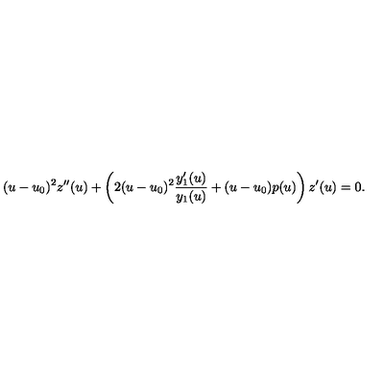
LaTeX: ( u - u _ { 0 } ) ^ { 2 } z ^ { \prime \prime } ( u ) + \left( 2 ( u - u _ { 0 } ) ^ { 2 } \frac { y _ { 1 } ^ { \prime } ( u ) } { y _ { 1 } ( u ) } + ( u - u _ { 0 } ) p ( u ) \right) z ^ { \prime } ( u ) = 0 .